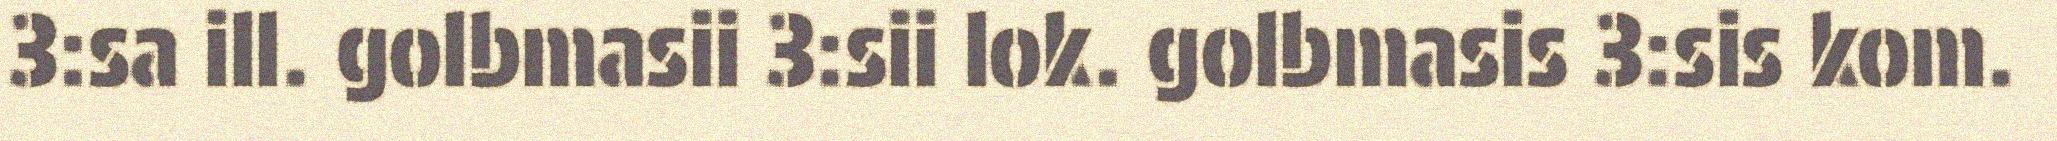
3:sa ill. golbmasii 3:sii lok. golbmasis 3:sis kom.